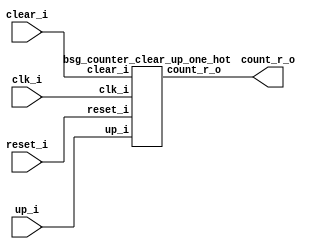


module top
(
  clk_i,
  reset_i,
  clear_i,
  up_i,
  count_r_o
);

  output [32:0] count_r_o;
  input clk_i;
  input reset_i;
  input clear_i;
  input up_i;

  bsg_counter_clear_up_one_hot
  wrapper
  (
    .count_r_o(count_r_o),
    .clk_i(clk_i),
    .reset_i(reset_i),
    .clear_i(clear_i),
    .up_i(up_i)
  );


endmodule



module bsg_counter_clear_up_one_hot
(
  clk_i,
  reset_i,
  clear_i,
  up_i,
  count_r_o
);

  output [32:0] count_r_o;
  input clk_i;
  input reset_i;
  input clear_i;
  input up_i;
  wire N0,N1,N2,N3,N4,N5,N6,N7,N8,N9,N10,N11,N12,N13,N14,N15,N16,N17,N18,N19,N20,N21,
  N22,N23,N24,N25,N26,N27,N28,N29,N30,N31,N32,N33,N34,N35,N36,N37,N38,N39,N40,N41,
  N42,N43,N44,N45,N46,N47,N48,N49,N50,N51,N52,N53,N54,N55,N56,N57,N58,N59,N60,N61,
  N62,N63,N64,N65,N66,N67,N68,N69,N70,N71,N72,N73,N74,N75,N76;
  wire [32:0] bits_n;
  reg [32:0] count_r_o;
  assign { N39, N38, N37, N36, N35, N34, N33, N32, N31, N30, N29, N28, N27, N26, N25, N24, N23, N22, N21, N20, N19, N18, N17, N16, N15, N14, N13, N12, N11, N10, N9, N8, N7 } = (N0)? { 1'b0, 1'b0, 1'b0, 1'b0, 1'b0, 1'b0, 1'b0, 1'b0, 1'b0, 1'b0, 1'b0, 1'b0, 1'b0, 1'b0, 1'b0, 1'b0, 1'b0, 1'b0, 1'b0, 1'b0, 1'b0, 1'b0, 1'b0, 1'b0, 1'b0, 1'b0, 1'b0, 1'b0, 1'b0, 1'b0, 1'b0, 1'b0, 1'b1 } : 
                                                                                                                                                                                (N1)? count_r_o : 1'b0;
  assign N0 = clear_i;
  assign N1 = N6;
  assign { N73, N72, N71, N70, N69, N68, N67, N66, N65, N64, N63, N62, N61, N60, N59, N58, N57, N56, N55, N54, N53, N52, N51, N50, N49, N48, N47, N46, N45, N44, N43, N42, N41 } = (N2)? { N38, N37, N36, N35, N34, N33, N32, N31, N30, N29, N28, N27, N26, N25, N24, N23, N22, N21, N20, N19, N18, N17, N16, N15, N14, N13, N12, N11, N10, N9, N8, N7, N39 } : 
                                                                                                                                                                                   (N3)? { N39, N38, N37, N36, N35, N34, N33, N32, N31, N30, N29, N28, N27, N26, N25, N24, N23, N22, N21, N20, N19, N18, N17, N16, N15, N14, N13, N12, N11, N10, N9, N8, N7 } : 1'b0;
  assign N2 = up_i;
  assign N3 = N40;
  assign bits_n = (N4)? { 1'b0, 1'b0, 1'b0, 1'b0, 1'b0, 1'b0, 1'b0, 1'b0, 1'b0, 1'b0, 1'b0, 1'b0, 1'b0, 1'b0, 1'b0, 1'b0, 1'b0, 1'b0, 1'b0, 1'b0, 1'b0, 1'b0, 1'b0, 1'b0, 1'b0, 1'b0, 1'b0, 1'b0, 1'b0, 1'b0, 1'b0, 1'b0, 1'b1 } : 
                  (N5)? { N73, N72, N71, N70, N69, N68, N67, N66, N65, N64, N63, N62, N61, N60, N59, N58, N57, N56, N55, N54, N53, N52, N51, N50, N49, N48, N47, N46, N45, N44, N43, N42, N41 } : 1'b0;
  assign N4 = reset_i;
  assign N5 = N74;
  assign N6 = ~clear_i;
  assign N40 = ~up_i;
  assign N74 = ~reset_i;
  assign N75 = N76 | clear_i;
  assign N76 = reset_i | up_i;

  always @(posedge clk_i) begin
    if(N75) begin
      { count_r_o[32:0] } <= { bits_n[32:0] };
    end 
  end


endmodule